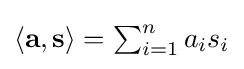
\textstyle \langle \mathbf {a} ,\mathbf {s} \rangle =\sum _{i=1}^{n}a_{i}s_{i}